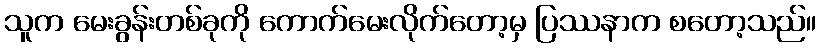
သူက မေးခွန်းတစ်ခုကို ကောက်မေးလိုက်တော့မှ ပြဿနာက စတော့သည်။